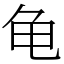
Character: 龟